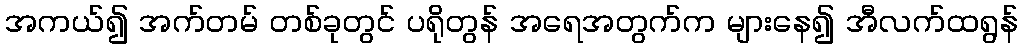
အကယ်၍ အက်တမ် တစ်ခုတွင် ပရိုတွန် အရေအတွက်က များနေ၍ အီလက်ထရွန်